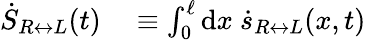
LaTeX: \begin{array}{rl}{\dot{S}_{R\leftrightarrow L}(t)}&{{}\equiv\int_{0}^{\ell}\mathrm{d}x~\dot{s}_{R\leftrightarrow L}(x,t)}\end{array}